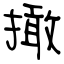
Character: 撖